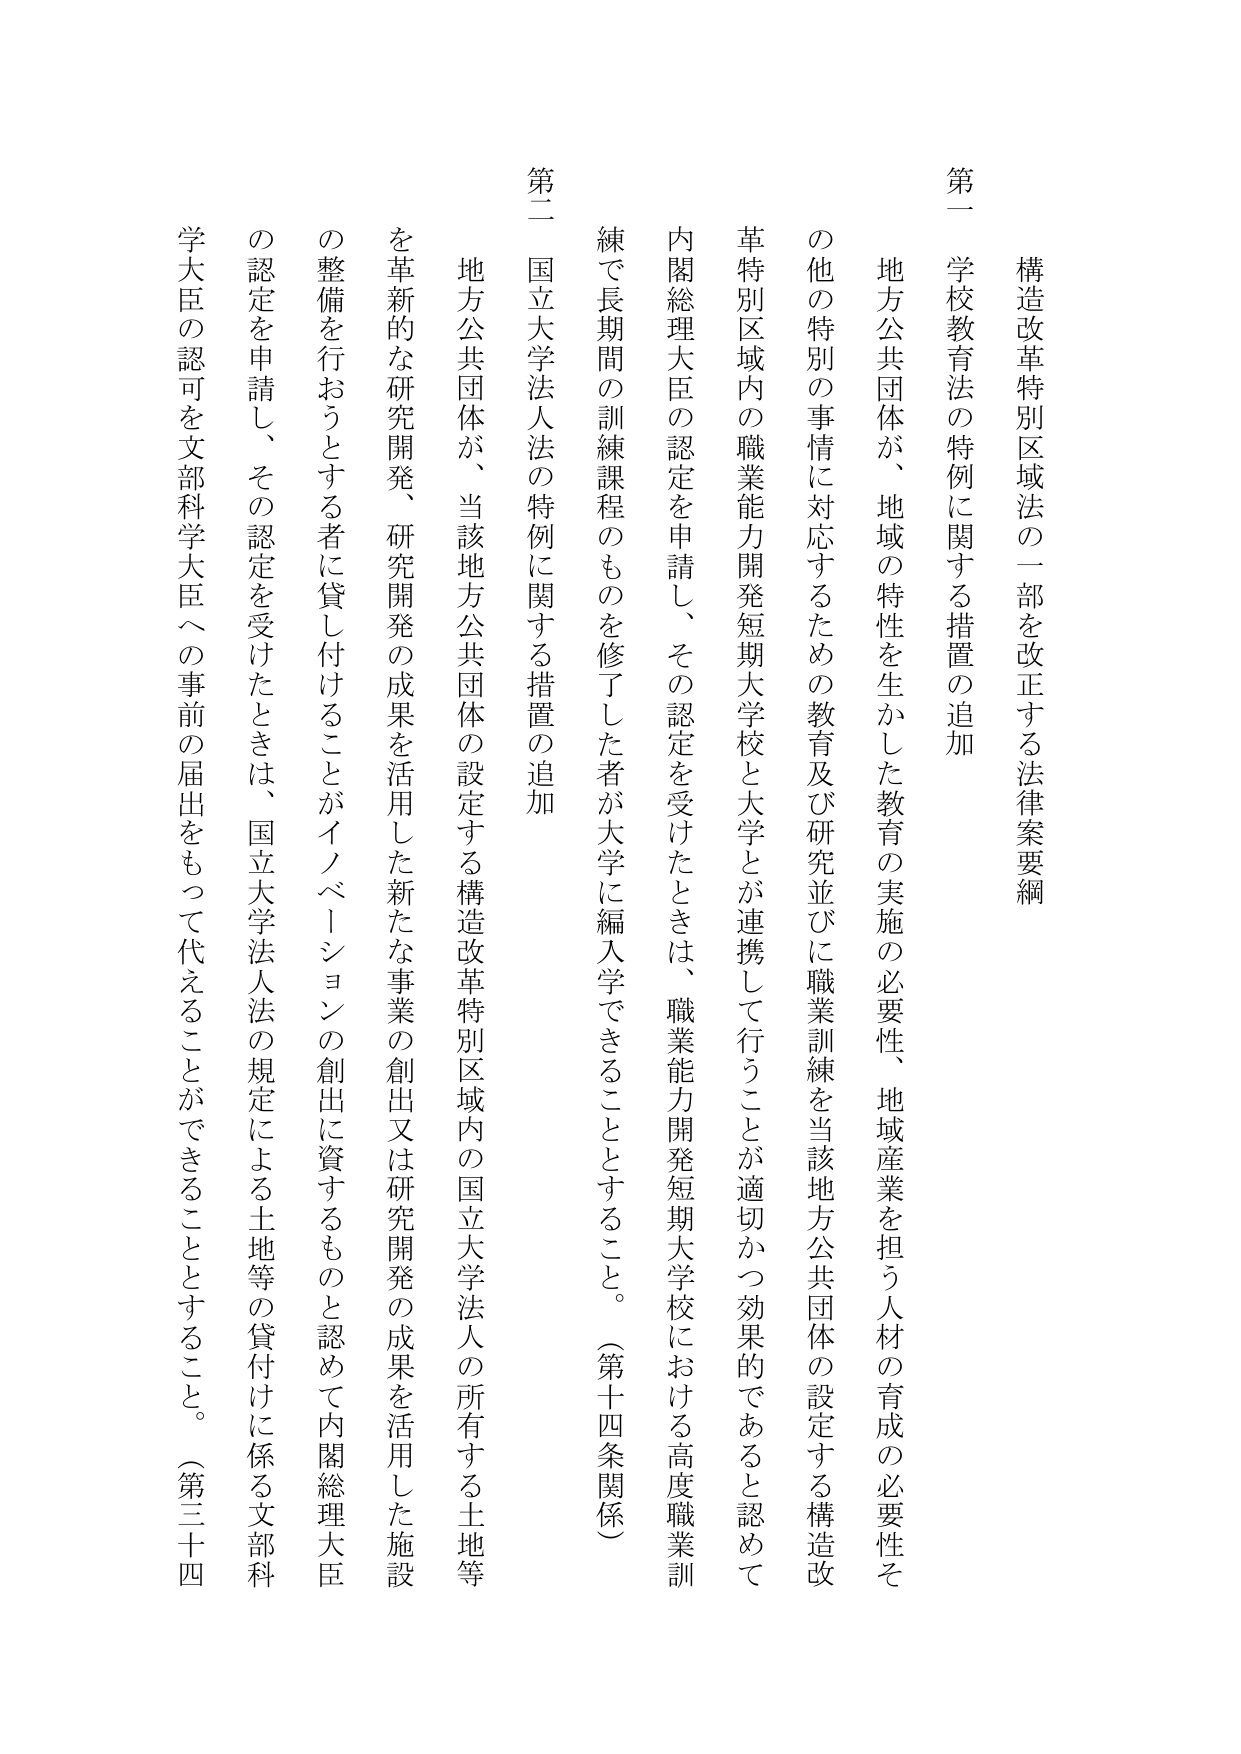
構造改革特別区域法の一部を改正する法律案要綱

第一 学校教育法の特例に関する措置の追加

地方公共団体が、地域の特性を生かした教育の実施の必要性、地域産業を担う人材の育成の必要性その他の特別の事情に対応するための教育及び研究並びに職業訓練を当該地方公共団体の設定する構造改革特別区域内の職業能力開発短期大学校と大学とが連携して行うことが適切かつ効果的であると認めて、内閣総理大臣の認定を申請し、その認定を受けたときは、職業能力開発短期大学校における高度職業訓練で長期間の訓練課程のものを修了した者が大学に編入学できることとすること。（第十四条関係）

第二 国立大学法人法の特例に関する措置の追加

地方公共団体が、当該地方公共団体の設定する構造改革特別区域内の国立大学法人の所有する土地等を革新的な研究開発、研究開発の成果を活用した新たな事業の創出又は研究開発の成果を活用した施設の整備を行おうとする者に貸し付けることがイノベーションの創出に資するものと認めて内閣総理大臣の認定を申請し、その認定を受けたときは、国立大学法人法の規定による土地等の貸付けに係る文部科学大臣の認可を文部科学大臣への事前の届出をもって代えることができることとすること。（第三十四条）